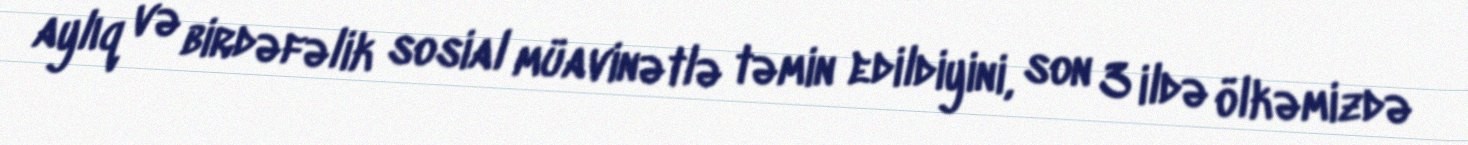
aylıq və birdəfəlik sosial müavinətlə təmin edildiyini, son 3 ildə ölkəmizdə